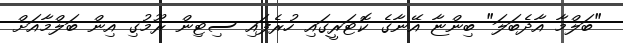
"ބަލްމާ އާދެބަލަ" ބިންޏާ އޭނާގެ ކޮޓަރީގައި ހުރެފައި ސިޓިން ރޫމުގި އިން ބަލްމާއަށް